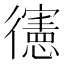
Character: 𢖘